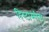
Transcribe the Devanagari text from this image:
हिस्टास्पीस